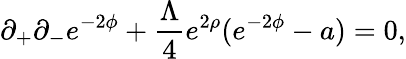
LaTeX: \partial_{+}\partial_{-}e^{-2\phi}+\frac{\Lambda}{4}e^{2\rho}(e^{-2\phi}-a)=0,